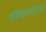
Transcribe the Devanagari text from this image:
भविष्यवाणीप्रमाणे